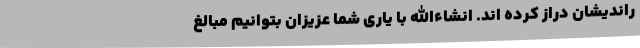
راندیشان دراز کرده اند. انشاءالله با یاری شما عزیزان بتوانیم مبالغ